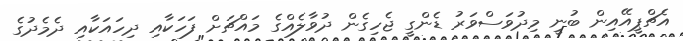
އެޗްޕީއޭއިން ބުނީ މިދުވަސްވަރު ޑެންގީ ޖެހިގެން ދުވާލެއްގެ މައްޗަށް ފަހަކާއި ދިހައަކާއި ދެމެދުގެ